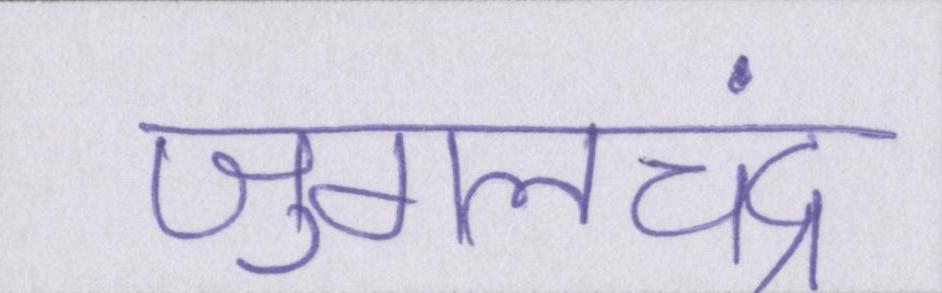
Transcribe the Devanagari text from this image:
जुगलचंद्र